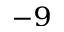
^ { - 9 }